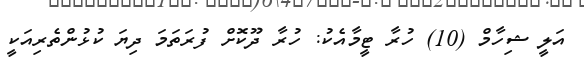
އަލީ ޝިހާމް (10) ހުރާ ޓީމާއެކު: ހުރާ ދޫކޮށް ފުރަތަމަ ދިޔަ ކުޅުންތެރިއަކީ